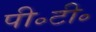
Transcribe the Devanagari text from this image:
पी॰टी॰